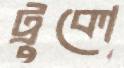
ট্রুকো